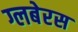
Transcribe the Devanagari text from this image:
ग्लबेरस